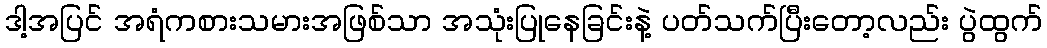
ဒါ့အပြင် အရံကစားသမားအဖြစ်သာ အသုံးပြုနေခြင်းနဲ့ ပတ်သက်ပြီးတော့လည်း ပွဲထွက်